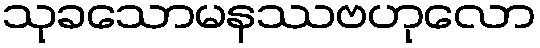
သုခသောမနဿဗဟုလော